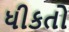
ધીકતો